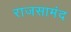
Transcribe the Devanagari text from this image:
राजसामंद